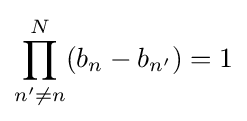
\prod _{n'\neq n}^{N}(b_{n}-b_{n'})=1